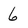
Character: 6